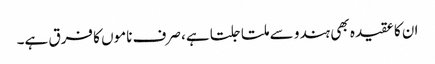
ان کا عقیدہ بھی ہندو سے ملتا جلتا ہے، صرف ناموں کا فرق ہے۔